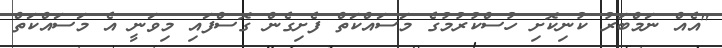
"އެއް ނަމްބަރު ކުނިކޮށި ހުސްކުރުމުގެ މަސައްކަތް ފެށިގެން ގޮސްފައި މިވަނީ އެ މަސައްކަތް